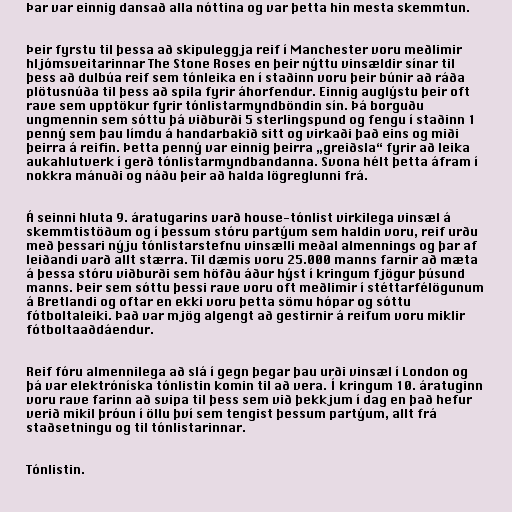
Þar var einnig dansað alla nóttina og var þetta hin mesta skemmtun.

Þeir fyrstu til þessa að skipuleggja reif í Manchester voru meðlimir
hljómsveitarinnar The Stone Roses en þeir nýttu vinsældir sínar til
þess að dulbúa reif sem tónleika en í staðinn voru þeir búnir að ráða
plötusnúða til þess að spila fyrir áhorfendur. Einnig auglýstu þeir oft
rave sem upptökur fyrir tónlistarmyndböndin sín. Þá borguðu
ungmennin sem sóttu þá viðburði 5 sterlingspund og fengu í staðinn 1
penný sem þau límdu á handarbakið sitt og virkaði það eins og miði
þeirra á reifin. Þetta penný var einnig þeirra „greiðsla“ fyrir að leika
aukahlutverk í gerð tónlistarmyndbandanna. Svona hélt þetta áfram í
nokkra mánuði og náðu þeir að halda lögreglunni frá.

Á seinni hluta 9. áratugarins varð house-tónlist virkilega vinsæl á
skemmtistöðum og í þessum stóru partýum sem haldin voru, reif urðu
með þessari nýju tónlistarstefnu vinsælli meðal almennings og þar af
leiðandi varð allt stærra. Til dæmis voru 25.000 manns farnir að mæta
á þessa stóru viðburði sem höfðu áður hýst í kringum fjögur þúsund
manns. Þeir sem sóttu þessi rave voru oft meðlimir í stéttarfélögunum
á Bretlandi og oftar en ekki voru þetta sömu hópar og sóttu
fótboltaleiki. Það var mjög algengt að gestirnir á reifum voru miklir
fótboltaaðdáendur.

Reif fóru almennilega að slá í gegn þegar þau urði vinsæl í London og
þá var elektróníska tónlistin komin til að vera. Í kringum 10. áratuginn
voru rave farinn að svipa til þess sem við þekkjum í dag en það hefur
verið mikil þróun í öllu því sem tengist þessum partýum, allt frá
staðsetningu og til tónlistarinnar.

Tónlistin.